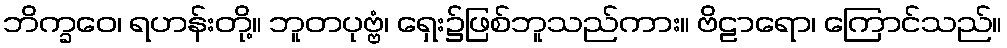
ဘိက္ခဝေ၊ ရဟန်းတို့။ ဘူတပုဗ္ဗံ၊ ရှေး၌ဖြစ်ဘူသည်ကား။ ဗိဠာရော၊ ကြောင်သည်။